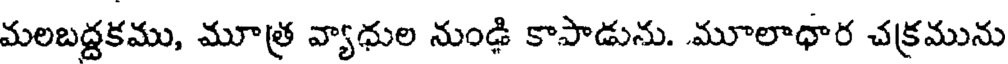
మలబద్దకము, మూత్ర వ్యాధుల నుంఢి కాపాడును. మూలాధార చక్రమును